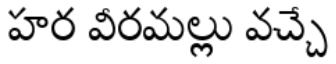
హర వీరమల్లు వచ్చే